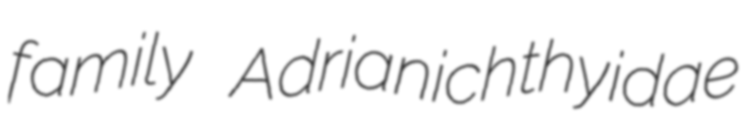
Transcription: family Adrianichthyidae